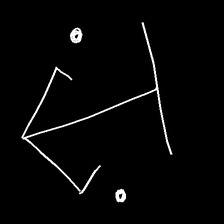
Glyph: earth